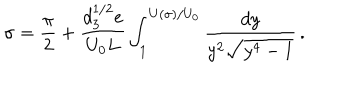
LaTeX: \sigma = { \frac { \pi } { 2 } } + \frac { d _ { 3 } ^ { 1 / 2 } e } { U _ { 0 } L } \int _ { 1 } ^ { U ( \sigma ) / U _ { 0 } } \frac { d y } { y ^ { 2 } \sqrt { y ^ { 4 } - 1 } } \, .